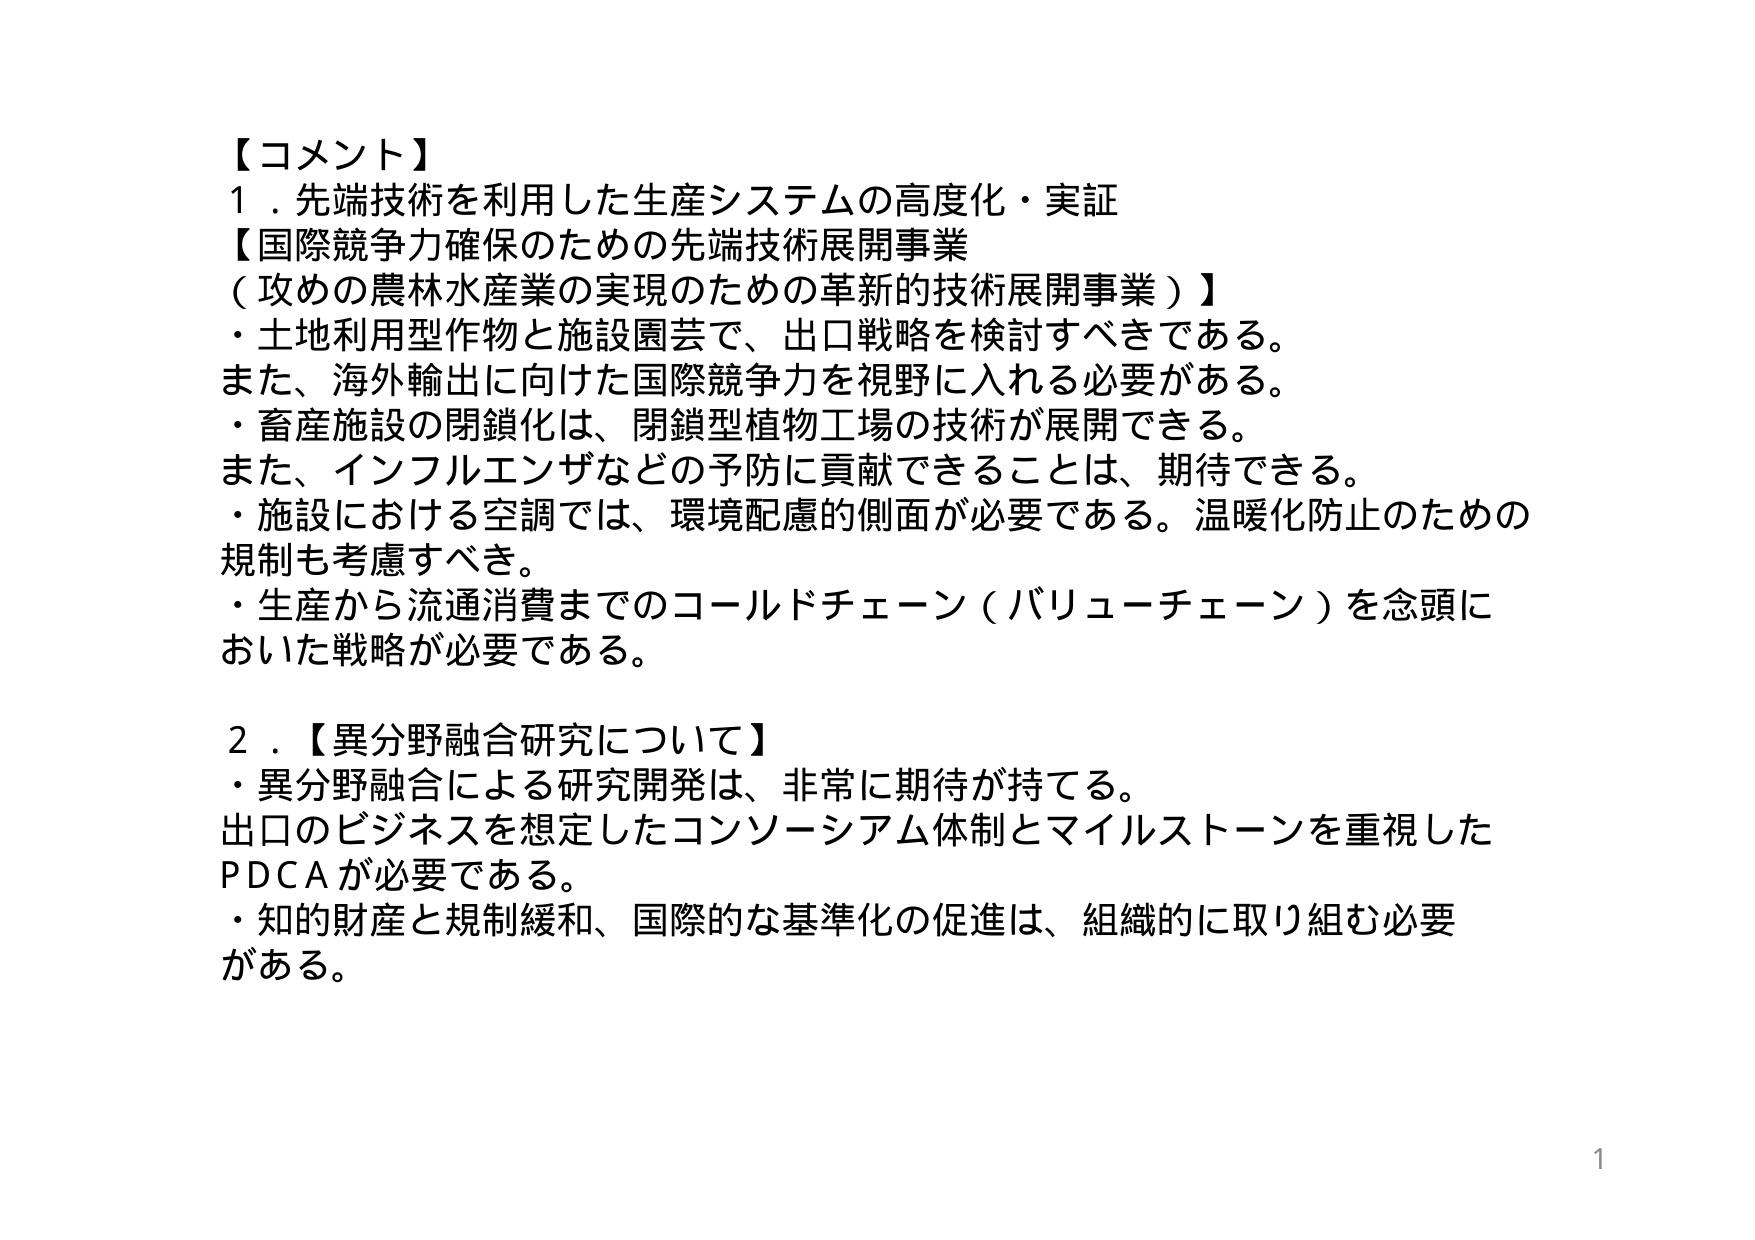
【コメント】
１．先端技術を利用した生産システムの高度化・実証
【国際競争力確保のための先端技術展開事業
（攻めの農林水産業の実現のための革新的技術展開事業）】
・土地利用型作物と施設園芸で、出口戦略を検討すべきである。
また、海外輸出に向けた国際競争力を視野に入れる必要がある。
・畜産施設の閉鎖化は、閉鎖型植物工場の技術が展開できる。
また、インフルエンザなどの予防に貢献できることは、期待できる。
・施設における空調では、環境配慮的側面が必要である。温暖化防止のための
規制も考慮すべき。
・生産から流通消費までのコールドチェーン（バリューチェーン）を念頭に
おいた戦略が必要である。

２．【異分野融合研究について】
・異分野融合による研究開発は、非常に期待が持てる。
出口のビジネスを想定したコンソーシアム体制とマイルストーンを重視した
PDCAが必要である。
・知的財産と規制緩和、国際的な基準化の促進は、組織的に取り組む必要
がある。

1